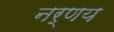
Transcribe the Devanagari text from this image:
नर्णय